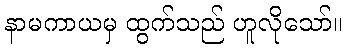
နာမကာယမှ ထွက်သည် ဟူလိုသော်။